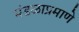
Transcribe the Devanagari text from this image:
मंडळाप्रमाणे